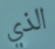
الذي